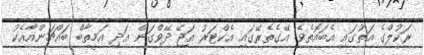
ރަކުލްގެ އަތުގައި އެބައޮތެވެ. އޭގެތެރޭގައި އެކްޓަރު އަޖޭ ދޭވްގަން އަދި އަމީތާބް ބައްޗަންއާއެކު